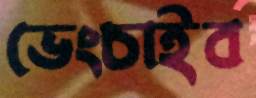
ভেংচাইব